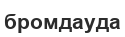
бромдауда